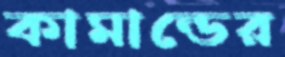
কামান্ডের